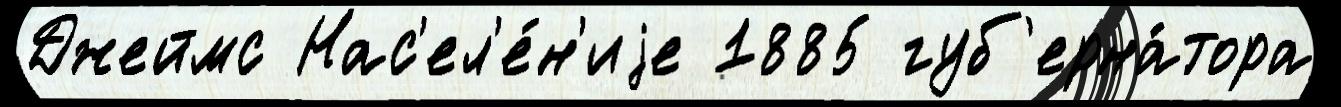
Джеймс Нас'ел'е́н'иjе 1885 губ'ерна́тора